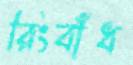
রিংবাঁধ